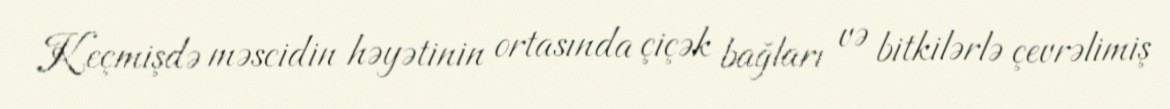
Keçmişdə məscidin həyətinin ortasında çiçək bağları və bitkilərlə çevrəlimiş